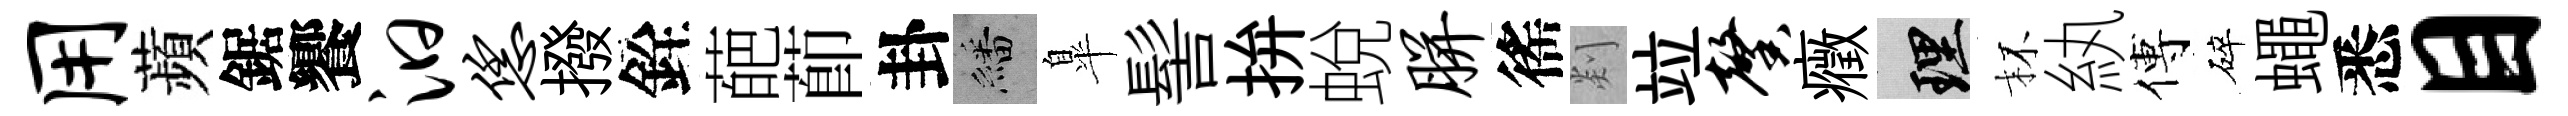
用蘋鋸饗汩恁撥銓葩莭卦繙臯髻拚蛻胼徭剡竝馨癥理杯紈傅碎蠅悉目